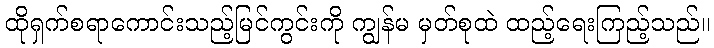
ထိုရှက်စရာကောင်းသည့်မြင်ကွင်းကို ကျွန်မ မှတ်စုထဲ ထည့်ရေးကြည့်သည်။